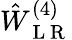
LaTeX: \hat{W}_{\mathrm{~L~R~}}^{(4)}